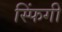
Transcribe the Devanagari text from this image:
स्फिंगी